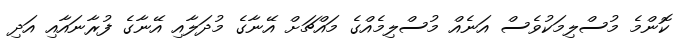
ކޮންމެ މުސްލިމަކުވެސް އަނެއް މުސްލިމެއްގެ މައްޗަށް އޭނާގެ މުދަލާއި އޭނާގެ ފުރާނައާއި އަދި